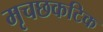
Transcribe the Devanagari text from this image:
मृचछकटिक